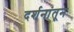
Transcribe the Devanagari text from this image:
दर्शनांतून